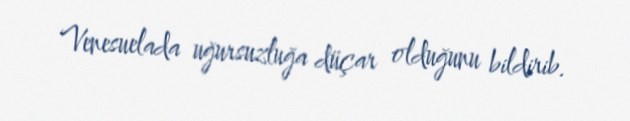
Venesuelada uğursuzluğa düçar olduğunu bildirib.